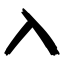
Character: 入